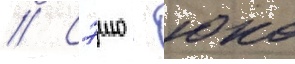
// Сэию - юко